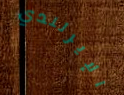
الإيرلندي